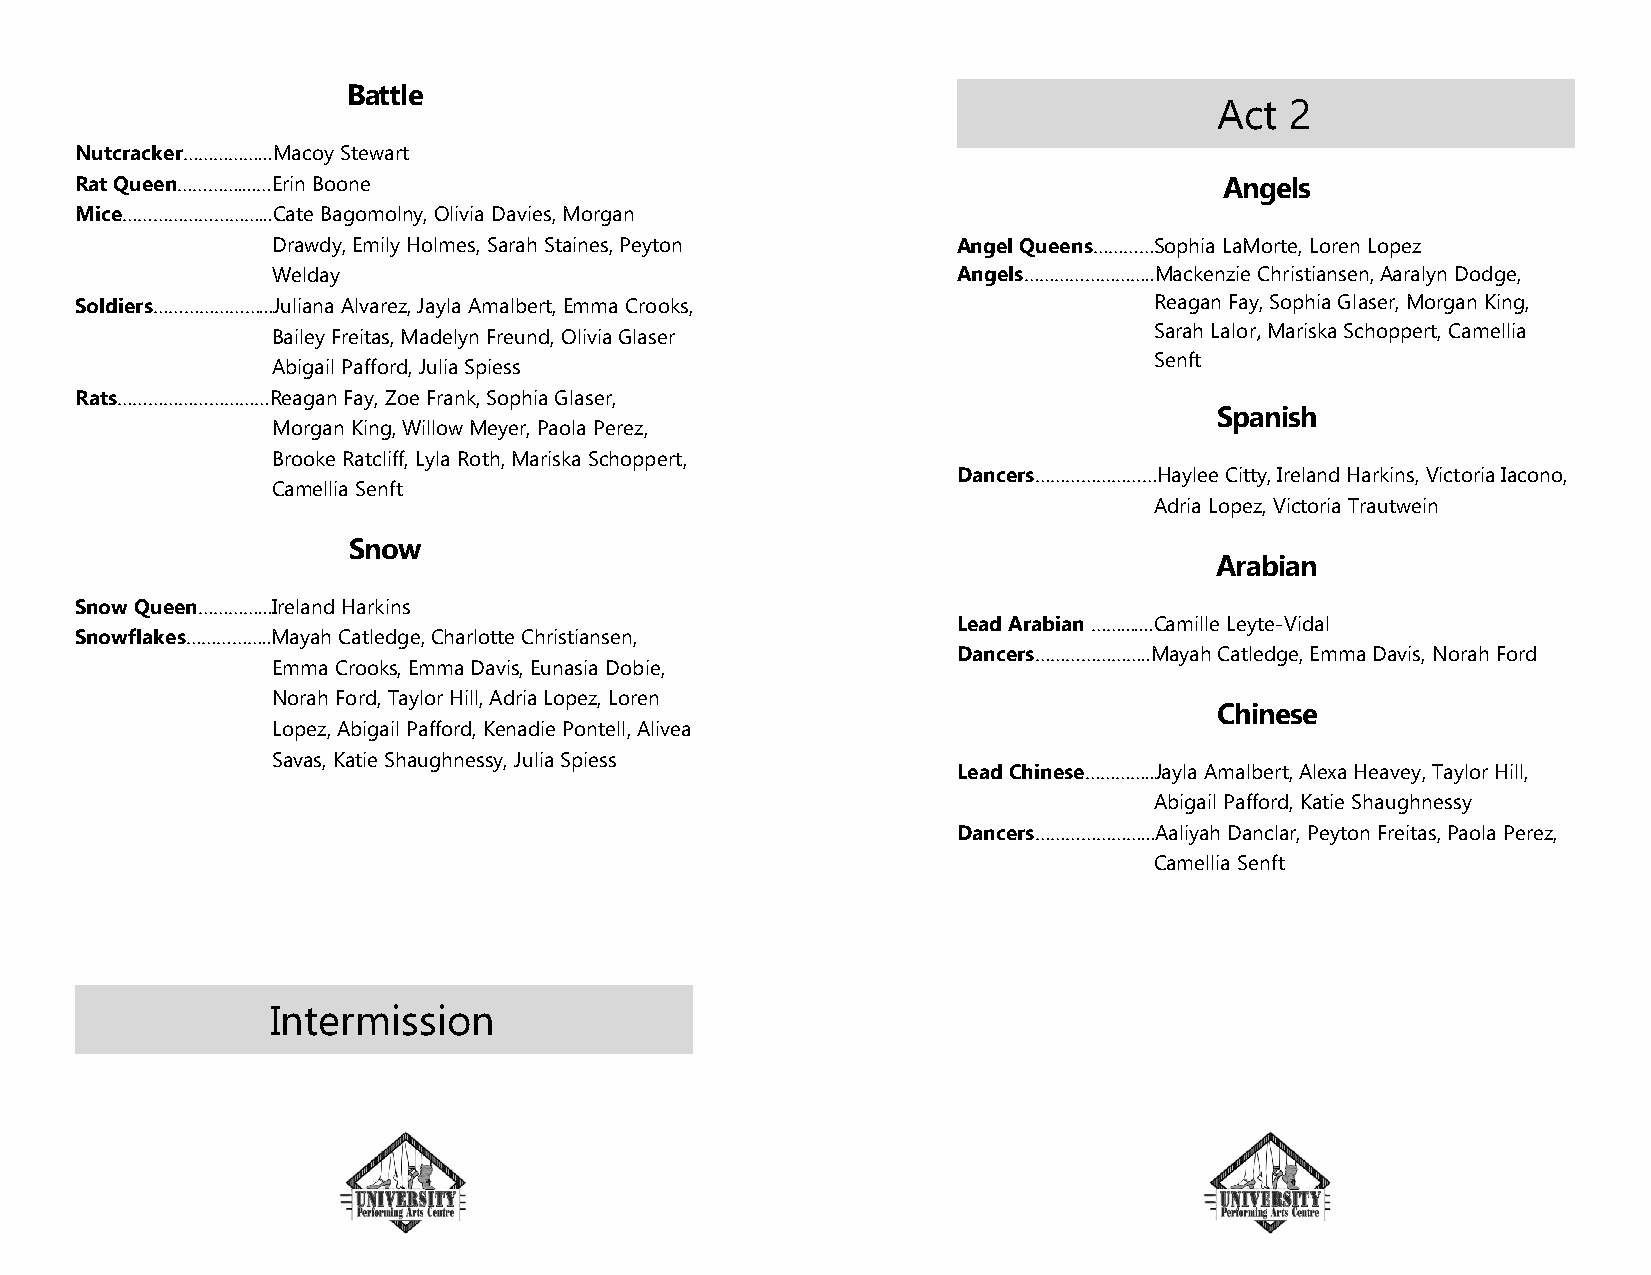
Battle
 Act 2
 Nutcracker……………...Macoy Stewart
 Rat Queen…………....…Erin Boone                                                Angels
 Mice………………………...Cate Bagomolny, Olivia Davies, Morgan
 Drawdy, Emily Holmes, Sarah Staines, Peyton  Angel Queens…………Sophia LaMorte, Loren Lopez
 Welday                                       Angels……………………..Mackenzie Christiansen, Aaralyn Dodge,
 Soldiers…………………...Juliana Alvarez, Jayla Amalbert, Emma Crooks,        Reagan Fay, Sophia Glaser, Morgan King,
 Bailey Freitas, Madelyn Freund, Olivia Glaser             Sarah Lalor, Mariska Schoppert, Camellia
 Senft
 Abigail Pafford, Julia Spiess
 Rats…………………………Reagan Fay, Zoe Frank, Sophia Glaser,
 Spanish
 Morgan King, Willow Meyer, Paola Perez,
 Brooke Ratcliff, Lyla Roth, Mariska Schoppert,
 Dancers……………………Haylee Citty, Ireland Harkins, Victoria Iacono,
 Camellia Senft
 Adria Lopez, Victoria Trautwein
 Snow
 Arabian
 Snow Queen…………...Ireland Harkins
 Lead Arabian …….......Camille Leyte-Vidal
 Snowflakes……………..Mayah Catledge, Charlotte Christiansen,
 Dancers…………………..Mayah Catledge, Emma Davis, Norah Ford
 Emma Crooks, Emma Davis, Eunasia Dobie,
 Norah Ford, Taylor Hill, Adria Lopez, Loren
 Chinese
 Lopez, Abigail Pafford, Kenadie Pontell, Alivea
 Savas, Katie Shaughnessy, Julia Spiess
 Lead Chinese…………..Jayla Amalbert, Alexa Heavey, Taylor Hill,
 Abigail Pafford, Katie Shaughnessy
 Dancers…………………...Aaliyah Danclar, Peyton Freitas, Paola Perez,
 Camellia Senft
 Intermission